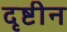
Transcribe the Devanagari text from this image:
दृष्टीन